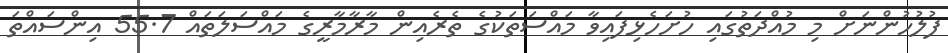
ފުލުހުންނަށް މި މުއްދަތުގައި ހުށަހެޅިފައިވާ މައްސަތަކުގެ ތެރެއިން މާރާމާރީގެ މައްސަލަތައް 55.7 އިންސައްތަ